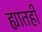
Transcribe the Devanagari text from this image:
ह्यातही